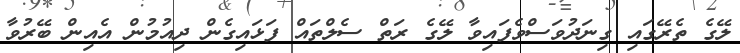
ލޭގެ ތެރޭގައި ގިނަދުވަސްވެފައިވާ ލޭގެ ރަތް ސެލްތައް ފަޅައިގެން ދިއުމުން އެއިން ބޭރުވާ